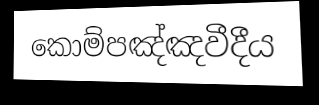
කොම්පඤ්ඤවීදීය